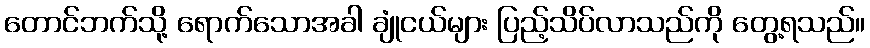
တောင်ဘက်သို့ ရောက်သောအခါ ချုံငယ်များ ပြည့်သိပ်လာသည်ကို တွေ့ရသည်။